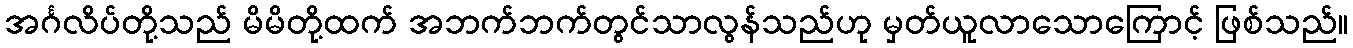
အင်္ဂလိပ်တို့သည် မိမိတို့ထက် အဘက်ဘက်တွင်သာလွန်သည်ဟု မှတ်ယူလာသောကြောင့် ဖြစ်သည်။